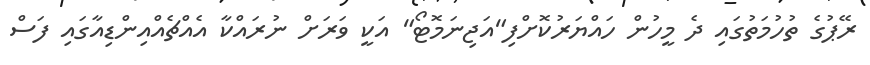
ރޭޕުގެ ތުހުމަތުގައި ދެ މީހުން ހައްޔަރުކޮށްފި"އަޖިނަމޮޓޯ" އަކީ ވަރަށް ނުރައްކާ އެއްޗެއްއިންޑިއާގައި ފަސް